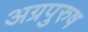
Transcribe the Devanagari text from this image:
अग्रपुरुष